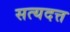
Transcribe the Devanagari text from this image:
सत्यदत्त